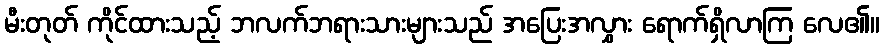
မီးတုတ် ကိုင်ထားသည့် ဘလက်ဘရားသားများသည် အပြေးအလွှား ရောက်ရှိလာကြ လေ၏။